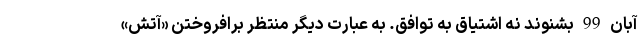
آبان 99 بشنوند نه اشتیاق به توافق. به عبارت دیگر منتظر برافروختن «آتش»